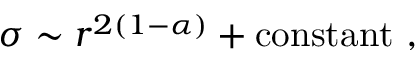
\sigma \sim r ^ { 2 ( 1 - \alpha ) } + \mathrm { c o n s t a n t } ~ ,